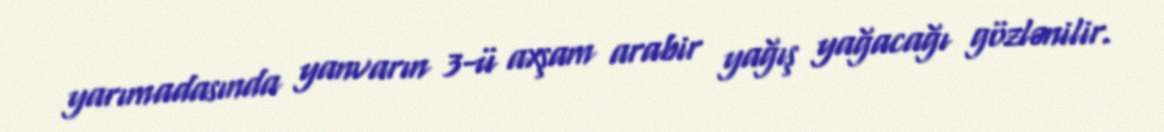
yarımadasında yanvarın 3-ü axşam arabir yağış yağacağı gözlənilir.